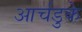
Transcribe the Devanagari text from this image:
आर्चडुके